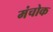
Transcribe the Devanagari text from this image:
मंचोक